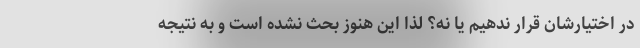
در اختیارشان قرار ندهیم یا نه؟ لذا این هنوز بحث نشده است و به نتیجه